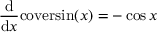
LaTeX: { \frac { \mathrm { d } } { \mathrm { d } x } } \mathrm { c o v e r s i n } ( x ) = - \cos { x }